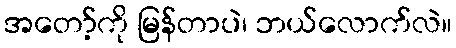
အတော့်ကို မြန်တာပဲ၊ ဘယ်လောက်လဲ။